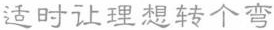
适时让理想转个弯